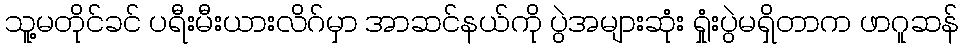
သူ့မတိုင်ခင် ပရီးမီးယားလိဂ်မှာ အာဆင်နယ်ကို ပွဲအများဆုံး ရှုံးပွဲမရှိတာက ဖာဂူဆန်